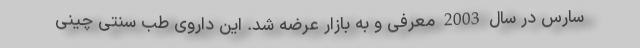
سارس در سال 2003 معرفی و به بازار عرضه شد. این داروی طب سنتی چینی